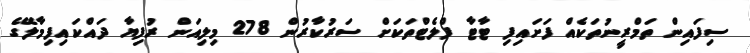
ސިފައިން ތަމްރީނުތަކެއް ފަށައިފި ޓާޓާ ފްލެޓްތަކަށް ސަރުކާރުން 278 މިލިއަން ރުފިޔާ ދައްކައިފިމާލޭގެ